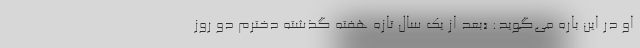
او در این باره می‌گوید: «بعد از یک سال تازه هفته گذشته دخترم دو روز